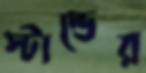
স্টান্ডের